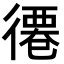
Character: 𢕖